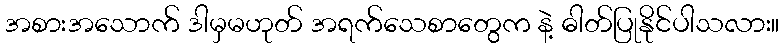
အစားအသောက် ဒါမှမဟုတ် အရက်သေစာတွေက နဲ့ ဓါတ်ပြုနိုင်ပါသလား။